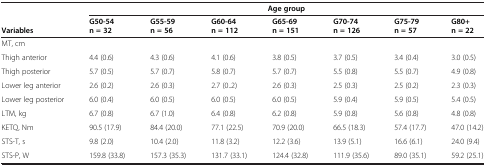
<table><thead><tr><td><b> </b></td><td colspan="7"><b>Age group</b></td></tr><tr><td><b>Variables</b></td><td><b>G50-54 n = 32</b></td><td><b>G55-59 n = 56</b></td><td><b>G60-64 n = 112</b></td><td><b>G65-69 n = 151</b></td><td><b>G70-74 n = 126</b></td><td><b>G75-79 n = 57</b></td><td><b>G80+ n = 22</b></td></tr></thead><tbody><tr><td colspan="8">MT, cm</td></tr><tr><td>Thigh anterior</td><td>4.4 (0.6)</td><td>4.3 (0.6)</td><td>4.1 (0.6)</td><td>3.8 (0.5)</td><td>3.7 (0.5)</td><td>3.4 (0.4)</td><td>3.0 (0.5)</td></tr><tr><td>Thigh posterior</td><td>5.7 (0.5)</td><td>5.7 (0.7)</td><td>5.8 (0.7)</td><td>5.7 (0.7)</td><td>5.5 (0.8)</td><td>5.5 (0.7)</td><td>4.9 (0.8)</td></tr><tr><td>Lower leg anterior</td><td>2.6 (0.2)</td><td>2.6 (0.3)</td><td>2.7 (0..2)</td><td>2.6 (0.3)</td><td>2.5 (0.3)</td><td>2.5 (0.2)</td><td>2.3 (0.3)</td></tr><tr><td>Lower leg posterior</td><td>6.0 (0.4)</td><td>6.0 (0.5)</td><td>6.0 (0.5)</td><td>6.0 (0.5)</td><td>5.9 (0.4)</td><td>5.9 (0.5)</td><td>5.4 (0.5)</td></tr><tr><td>LTM, kg</td><td>6.7 (0.8)</td><td>6.7 (1.0)</td><td>6.4 (0.8)</td><td>6.2 (0.8)</td><td>5.9 (0.8)</td><td>5.6 (0.8)</td><td>4.8 (0.8)</td></tr><tr><td>KETQ, Nm</td><td>90.5 (17.9)</td><td>84.4 (20.0)</td><td>77.1 (22.5)</td><td>70.9 (20.0)</td><td>66.5 (18.3)</td><td>57.4 (17.7)</td><td>47.0 (14.2)</td></tr><tr><td>STS-T, s</td><td>9.8 (2.0)</td><td>10.4 (2.0)</td><td>11.8 (3.2)</td><td>12.2 (3.6)</td><td>13.9 (5.1)</td><td>16.6 (6.1)</td><td>24.0 (9.4)</td></tr><tr><td>STS-P, W</td><td>159.8 (33.8)</td><td>157.3 (35.3)</td><td>131.7 (33.1)</td><td>124.4 (32.8)</td><td>111.9 (35.6)</td><td>89.0 (35.1)</td><td>59.2 (25.1)</td></tr></tbody></table>